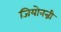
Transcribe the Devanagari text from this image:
जियोनन्नी